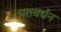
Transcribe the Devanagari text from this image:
पतवर्धन